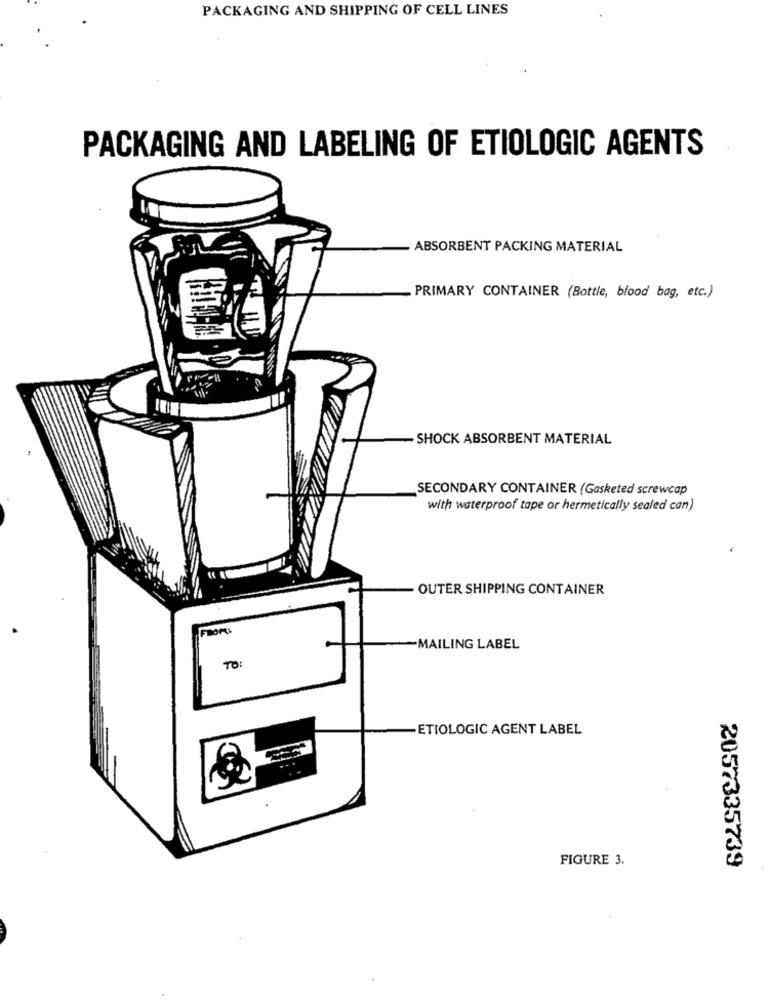
PACKAGING AND SHIPPING OF CELL LINES
PACKAGING AND LABELING OF ETIOLOGIC AGENTS
ABSORBENT PACKING MATERIAL
PRIMARY CONTAINER (Bottle, blood bag, etc.)
SHOCK ABSORBENT MATERIAL
SECONDARY CONTAINER (Gasketed screwcap
with waterproof tape or hermetically sealed can)
OUTER SHIPPING CONTAINER
-MAILING LABEL
TO :
ETIOLOGIC AGENT LABEL
...
FIGURE 3.
2057335739